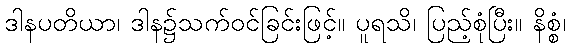
ဒါနပတိယာ၊ ဒါန၌သက်ဝင်ခြင်းဖြင့်။ ပူရသိ၊ ပြည့်စုံပြီး။ နိစ္စံ၊